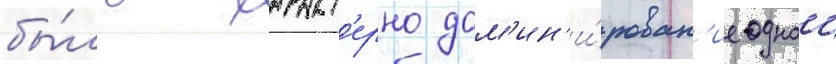
бы́ло характ'ерно дом'ин'и́рован'ие однои